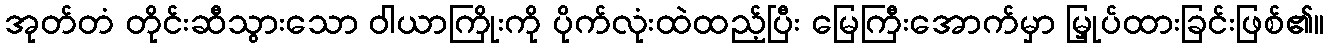
အုတ်တံ တိုင်းဆီသွားသော ဝါယာကြိုးကို ပိုက်လုံးထဲထည့်ပြီး မြေကြီးအောက်မှာ မြှုပ်ထားခြင်းဖြစ်၏။